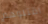
اقتلوهم